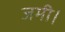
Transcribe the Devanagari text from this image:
जमी।